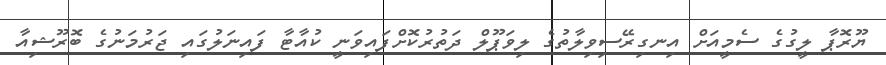
ޔޫރޮޕާ ލީގުގެ ސެމީއަށް އިނގިރޭސިވިލާތުގެ ލިވަޕޫލް ދަތުރުކޮށްފައިވަނީ ކުއާޓާ ފައިނަލުގައި ޖަރުމަނުގެ ބޮރޫޝިއާ